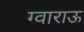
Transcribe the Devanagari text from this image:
ग्वाराऊ